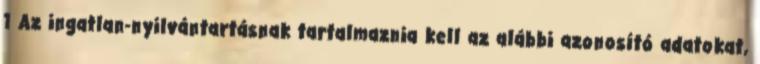
1 Az ingatlan-nyilvántartásnak tartalmaznia kell az alábbi azonosító adatokat,